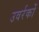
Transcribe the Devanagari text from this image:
उवर्रकों